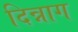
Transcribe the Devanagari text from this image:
दिन्नाग